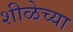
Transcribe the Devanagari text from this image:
शीळेच्या